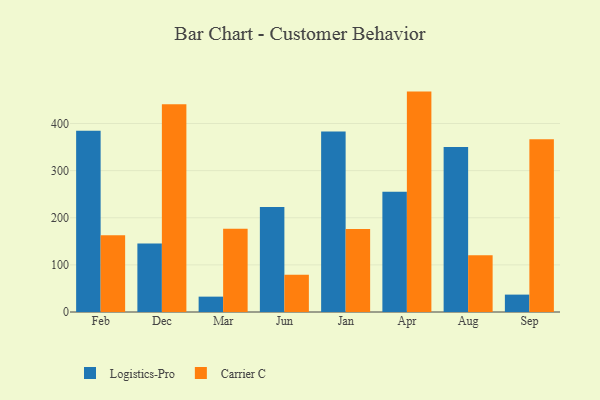
{"axis": {"x": "Month", "y": "Inventory Turnover"}, "legend": ["Carrier C", "Logistics-Pro"], "data": [{"x": "Feb", "y": 384.6, "type": "Logistics-Pro"}, {"x": "Feb", "y": 163.1, "type": "Carrier C"}, {"x": "Dec", "y": 145.4, "type": "Logistics-Pro"}, {"x": "Dec", "y": 440.6, "type": "Carrier C"}, {"x": "Mar", "y": 32.6, "type": "Logistics-Pro"}, {"x": "Mar", "y": 176.6, "type": "Carrier C"}, {"x": "Jun", "y": 222.9, "type": "Logistics-Pro"}, {"x": "Jun", "y": 79.2, "type": "Carrier C"}, {"x": "Jan", "y": 382.9, "type": "Logistics-Pro"}, {"x": "Jan", "y": 176.0, "type": "Carrier C"}, {"x": "Apr", "y": 255.0, "type": "Logistics-Pro"}, {"x": "Apr", "y": 467.7, "type": "Carrier C"}, {"x": "Aug", "y": 350.0, "type": "Logistics-Pro"}, {"x": "Aug", "y": 120.4, "type": "Carrier C"}, {"x": "Sep", "y": 36.9, "type": "Logistics-Pro"}, {"x": "Sep", "y": 366.6, "type": "Carrier C"}]}